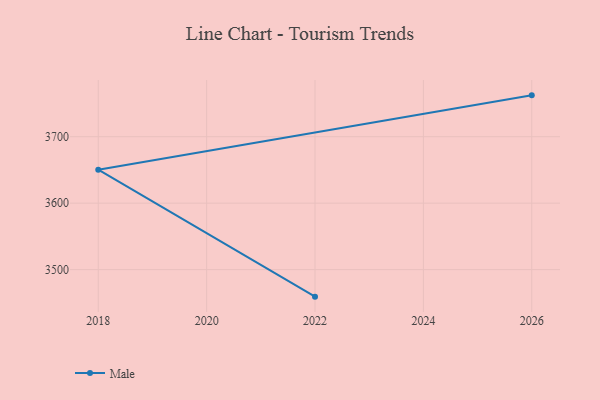
{"axis": {"x": "Year", "y": "Market Share (%)"}, "legend": ["Male"], "data": [{"x": "2026", "y": 3762.2, "type": "Male"}, {"x": "2018", "y": 3650.3, "type": "Male"}, {"x": "2022", "y": 3459.3, "type": "Male"}]}